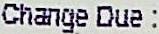
CHANGE DUE :